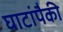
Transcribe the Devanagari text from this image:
घाटांपैकी